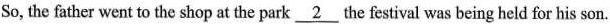
So, the father went to the shop at the park \underline{2} the festival was being held for his son.